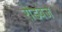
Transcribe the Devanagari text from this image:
रॊडबेज